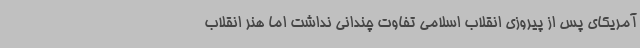
آمریکای پس از پیروزی انقلاب اسلامی تفاوت چندانی نداشت اما هنر انقلاب